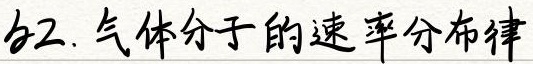
§2. 气体分子的速率分布律